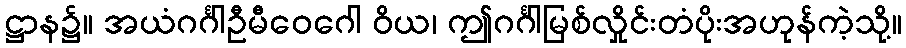
ဋ္ဌာန၌။ အယံဂင်္ဂါဦမီဝေဂေါ ဝိယ၊ ဤဂင်္ဂါမြစ်လှိုင်းတံပိုးအဟုန်ကဲ့သို့။